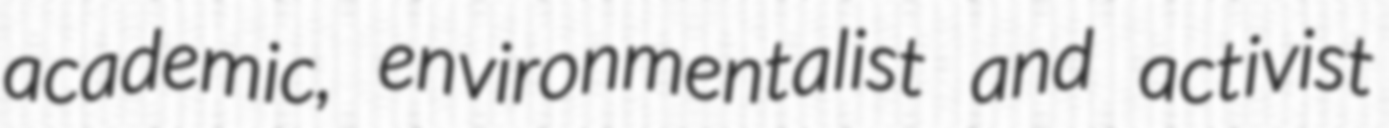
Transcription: academic, environmentalist and activist